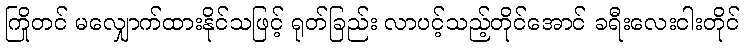
ကြိုတင် မလျှောက်ထားနိုင်သဖြင့် ရုတ်ခြည်း လာပင့်သည့်တိုင်အောင် ခရီးလေးငါးတိုင်